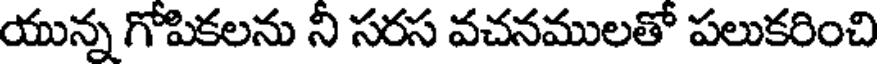
యున్న గోపికలను ని సరస వచనములతో పలుకరించి